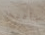
سأفتح